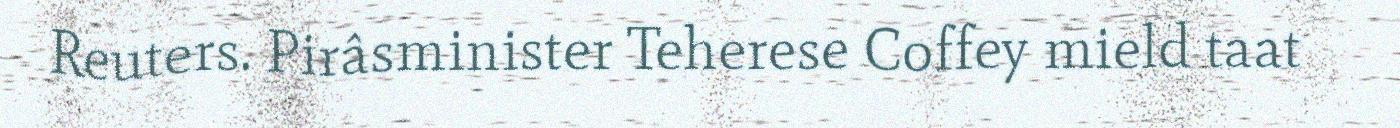
Reuters. Pirâsminister Teherese Coffey mield taat